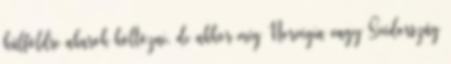
külföldre akarok költözni, de akkor még Norvégia vagy Svédország